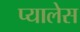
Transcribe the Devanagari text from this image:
प्यालेस